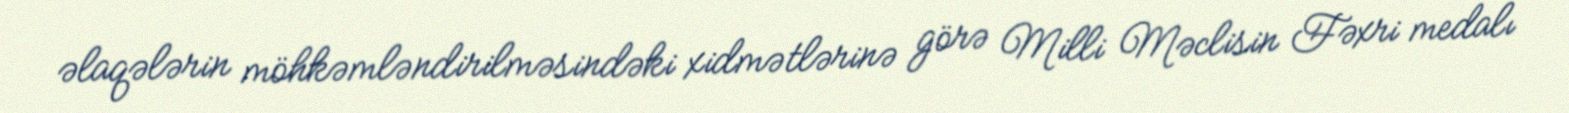
əlaqələrin möhkəmləndirilməsindəki xidmətlərinə görə Milli Məclisin Fəxri medalı